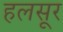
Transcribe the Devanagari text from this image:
हलसूर